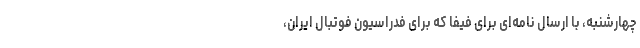
چهارشنبه، با ارسال نامه‌ای برای فیفا که برای فدراسیون فوتبال ایران،